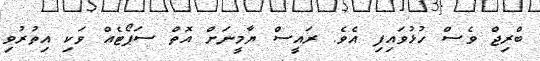
ބްރިޖް ވެސް ހުޅުވައިފި އެވެ. ރައީސް ޔާމީނަށް އޮތް ސަޕޯޓެއް ވަކި އިތުރުވި